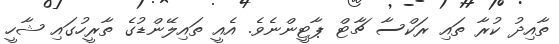
ތާއިދު ކުރާ ތައި ރަކްސާ ޗާޓް ޕާޓީންނެވެ. އެއީ ތައިލޭންޑުގެ ތާރީހުގައި ޝާހީ